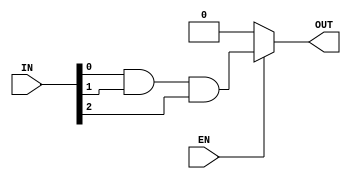
// Chris Ceroici
// August 10, 2013
//
// Cascading and gates

module M_AND(EN,IN,OUT);

parameter N = 3; // number of inputs

input [N-1:0] IN;
input EN;

output OUT; 

wire OUT_temp;
wire [N-3:0] Temp;

and Ustart (Temp[0],IN[0],IN[1]);		// generate cascading XOR gates
genvar n;
generate 
	case (N)
		1: begin
				assign OUT_temp = IN[0];
		   end
		2: begin
				and U_single(OUT_temp,IN[0],IN[1]);
		   end
		default: begin
					assign OUT_temp = Temp[N-3]&IN[N-1];
					for (n=0; n<(N-3);n=n+1) begin : COR1 
						and U (Temp[n+1],Temp[n],IN[n+2]);
					end
				end
	endcase
endgenerate


assign OUT = (EN) ? OUT_temp : 1'b0;

endmodule